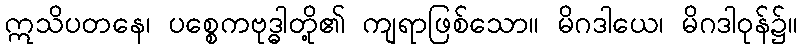
ဣသိပတနေ၊ ပစ္စေကဗုဒ္ဓါတို့၏ ကျရာဖြစ်သော။ မိဂဒါယေ၊ မိဂဒါဝုန်၌။